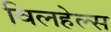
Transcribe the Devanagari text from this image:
विलहेल्स